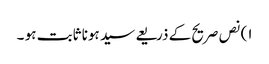
١) نص صریح کے ذریعے سید ہونا ثابت ہو ۔